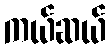
ကယ်ဆယ်